Vaccination in the Punjab 1919-1929 - 1919-1929
Year: 1919
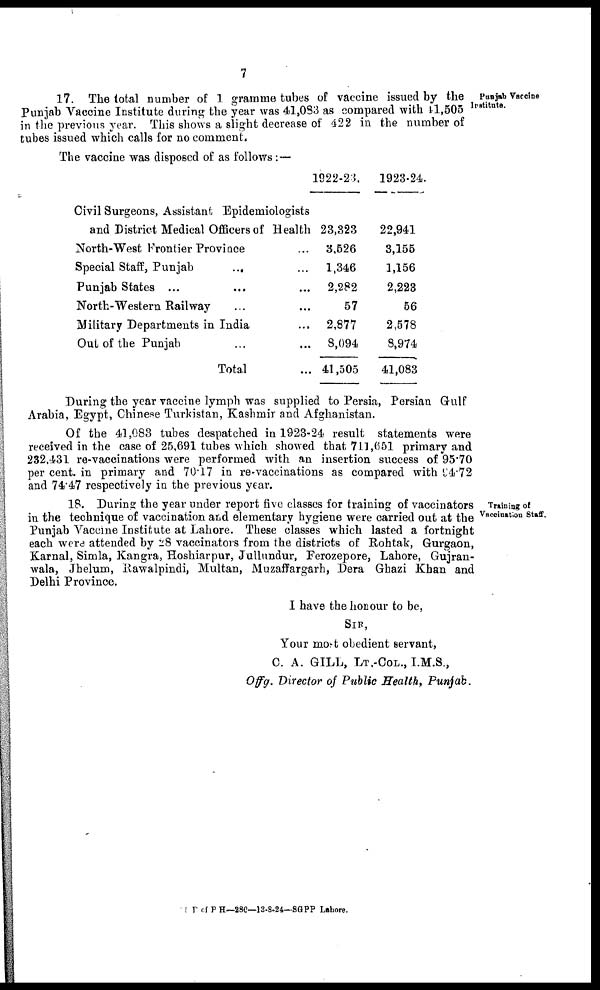
7
Punjab Vaccine
Institute.
17. The total number of 1 gramme tubes of vaccine issued by the
Punjab Vaccine Institute during the year was 41,083 as compared with 41,505
in the previous year. This shows a slight decrease of 422 in the number of
tubes issued which calls for no comment.
The vaccine was disposed of as follows:—
Civil Surgeons, Assistant Epidemiologists
and District Medical Officers of Health
North-West Frontier Province ...
Special Staff, Punjab
... ...
Punjab States ... ... ...
North-Western Railway ... ...
Military Departments in India ...
Out of the Punjab ... ...
Total ...
1922-23.
23,323
3,526
1,346
2,282
57
2,877
8,094
41,505
1923-24.
22,941
3,155
1,156
2,223
56
2,578
8,974
41,083
During the year vaccine lymph was supplied to Persia, Persian Gulf
Arabia, Egypt, Chinese Turkistan, Kashmir and Afghanistan.
Of the 41,083 tubes despatched in 1923-24 result statements were
received in the case of 25,691 tubes which showed that 711,651 primary and
232,431 re-vaccinations were performed with an insertion success of 95.70
per cent. in primary and 70.17 in re-vaccinations as compared with 94.72
and 74.47 respectively in the previous year.
Training of
Vaccination Staff.
18. During the year under report five classes for training of vaccinators
in the technique of vaccination and elementary hygiene were carried out at the
Punjab Vaccine Institute at Lahore. These classes which lasted a fortnight
each were attended by 28 vaccinators from the districts of Rohtak, Gurgaon,
Karnal, Simla, Kangra, Hoshiarpur, Jullundur, Ferozepore, Lahore, Gujran¬
wala, Jhelum, Rawalpindi, Multan, Muzaffargarh, Dera Ghazi Khan and
Delhi Province.
I have the honour to be,
SIR,
Your most obedient servant,
C. A. GILL, LT.-COL., I.M.S.,
Offg. Director of Public Health, Punjab.
1D of P H—280—13-8-24—SGPP Lahore.